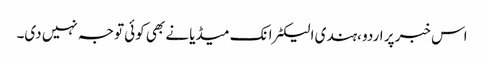
اس خبر پر اردو ،ہندی الیکٹرانک میڈیا نے بھی کوئی توجہ نہیں دی۔